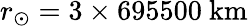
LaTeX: r_{\odot}=3\times 695500~\mathrm{km}